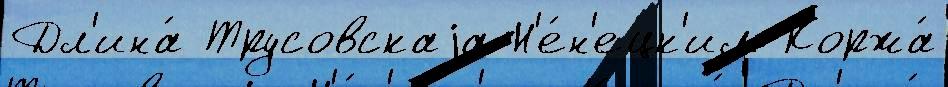
Дл'ина́ Трусовскаjа Н'е́н'ецк'им Коржа́